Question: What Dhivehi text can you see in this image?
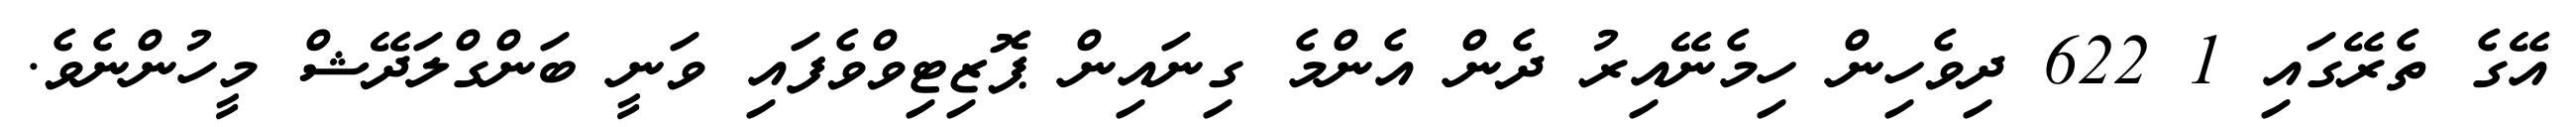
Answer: އޭގެ ތެރޭގައި 1 622 ދިވެހިން ހިމެނޭއިރު ދެން އެންމެ ގިނައިން ޕޮޒިޓިވްވެފައި ވަނީ ބަންގްލަދޭޝް މީހުންނެވެ.